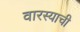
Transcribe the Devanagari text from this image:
वारस्याची